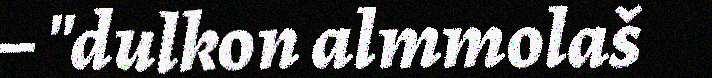
– "dulkon almmolaš